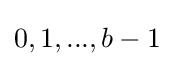
0,1,...,b-1